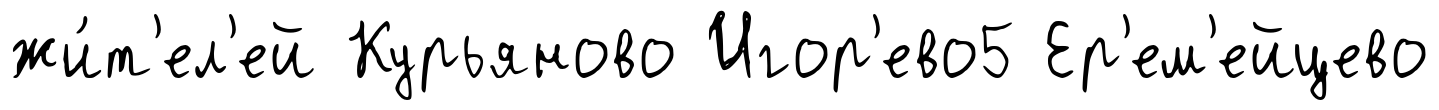
жи́т'ел'ей Курьяново Игор'ево5 Ер'ем'ейцево